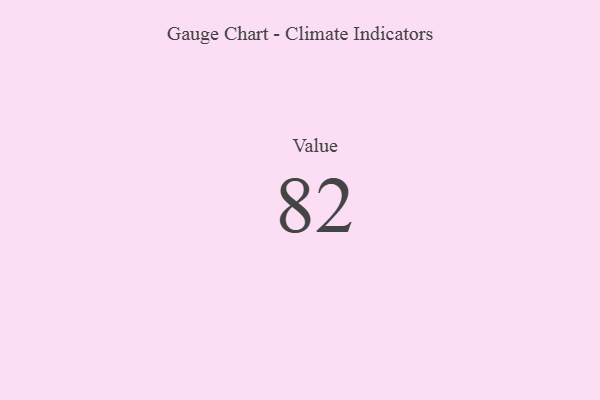
{"axis": {"x": "Metric", "y": "Value"}, "legend": [""], "data": [{"x": "Value", "y": 82, "type": ""}]}